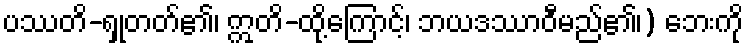
ပဿတိ-ရှုတတ်၏၊ ဣတိ-ထို့ကြောင့်၊ ဘယဒဿာဝီမည်၏၊) ဘေးကို